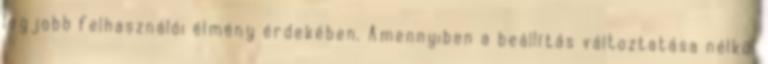
legjobb felhasználói élmény érdekében. Amennyiben a beállítás változtatása nélkül